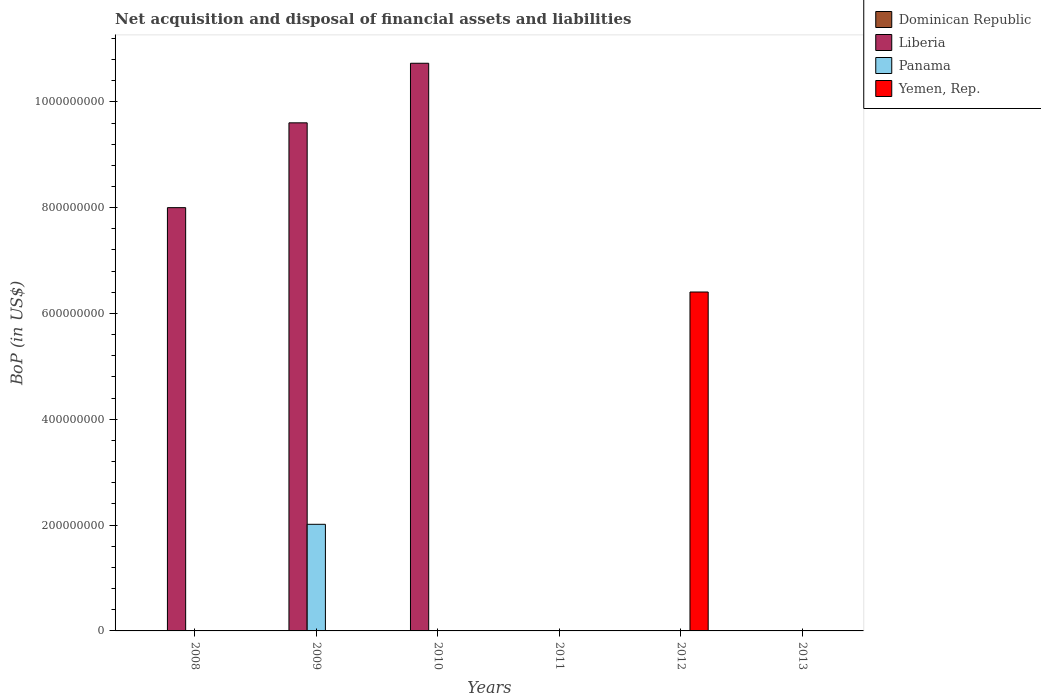
| Years | Dominican Republic | Liberia | Panama | Yemen, Rep. |
 | --- | --- | --- | --- | --- |
 | 2008 | -4.41e+09 | 8e+08 | -2.13e+09 | -1.18e+09 |
 | 2009 | -2.11e+09 | 9.6e+08 | 2.02e+08 | -9.4e+08 |
 | 2010 | -5.07e+09 | 1.07e+09 | -2.8e+09 | -8.46e+08 |
 | 2011 | -3.75e+09 | -7.82e+08 | -4.86e+09 | -8.71e+08 |
 | 2012 | -4.03e+09 | -7.83e+08 | -3.22e+09 | 6.41e+08 |
 | 2013 | -2.67e+09 | -7.99e+08 | -4.94e+09 | -8.14e+08 |